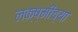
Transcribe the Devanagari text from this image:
लक्ष्मींच्या